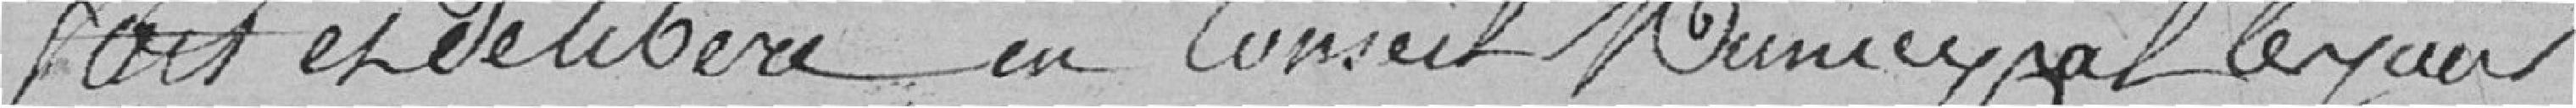
fait et délibéré en Conseil Municipal le jour,